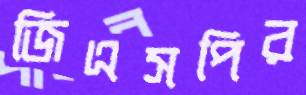
জিএসপির